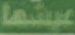
عیشها